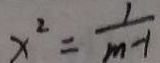
x ^ { 2 } = \frac { 1 } { m - 1 }